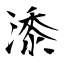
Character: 潻